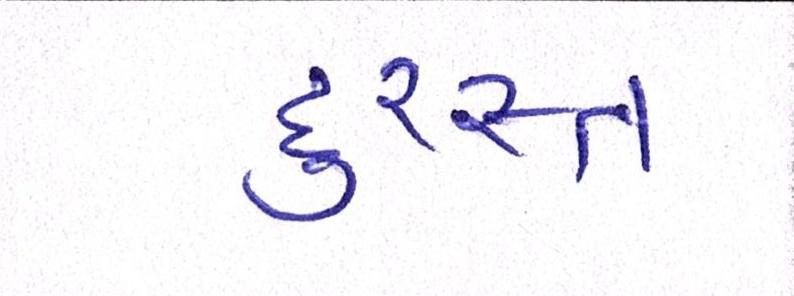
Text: દુરસ્ત